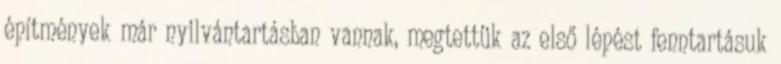
építmények már nyilvántartásban vannak, megtettük az első lépést fenntartásuk